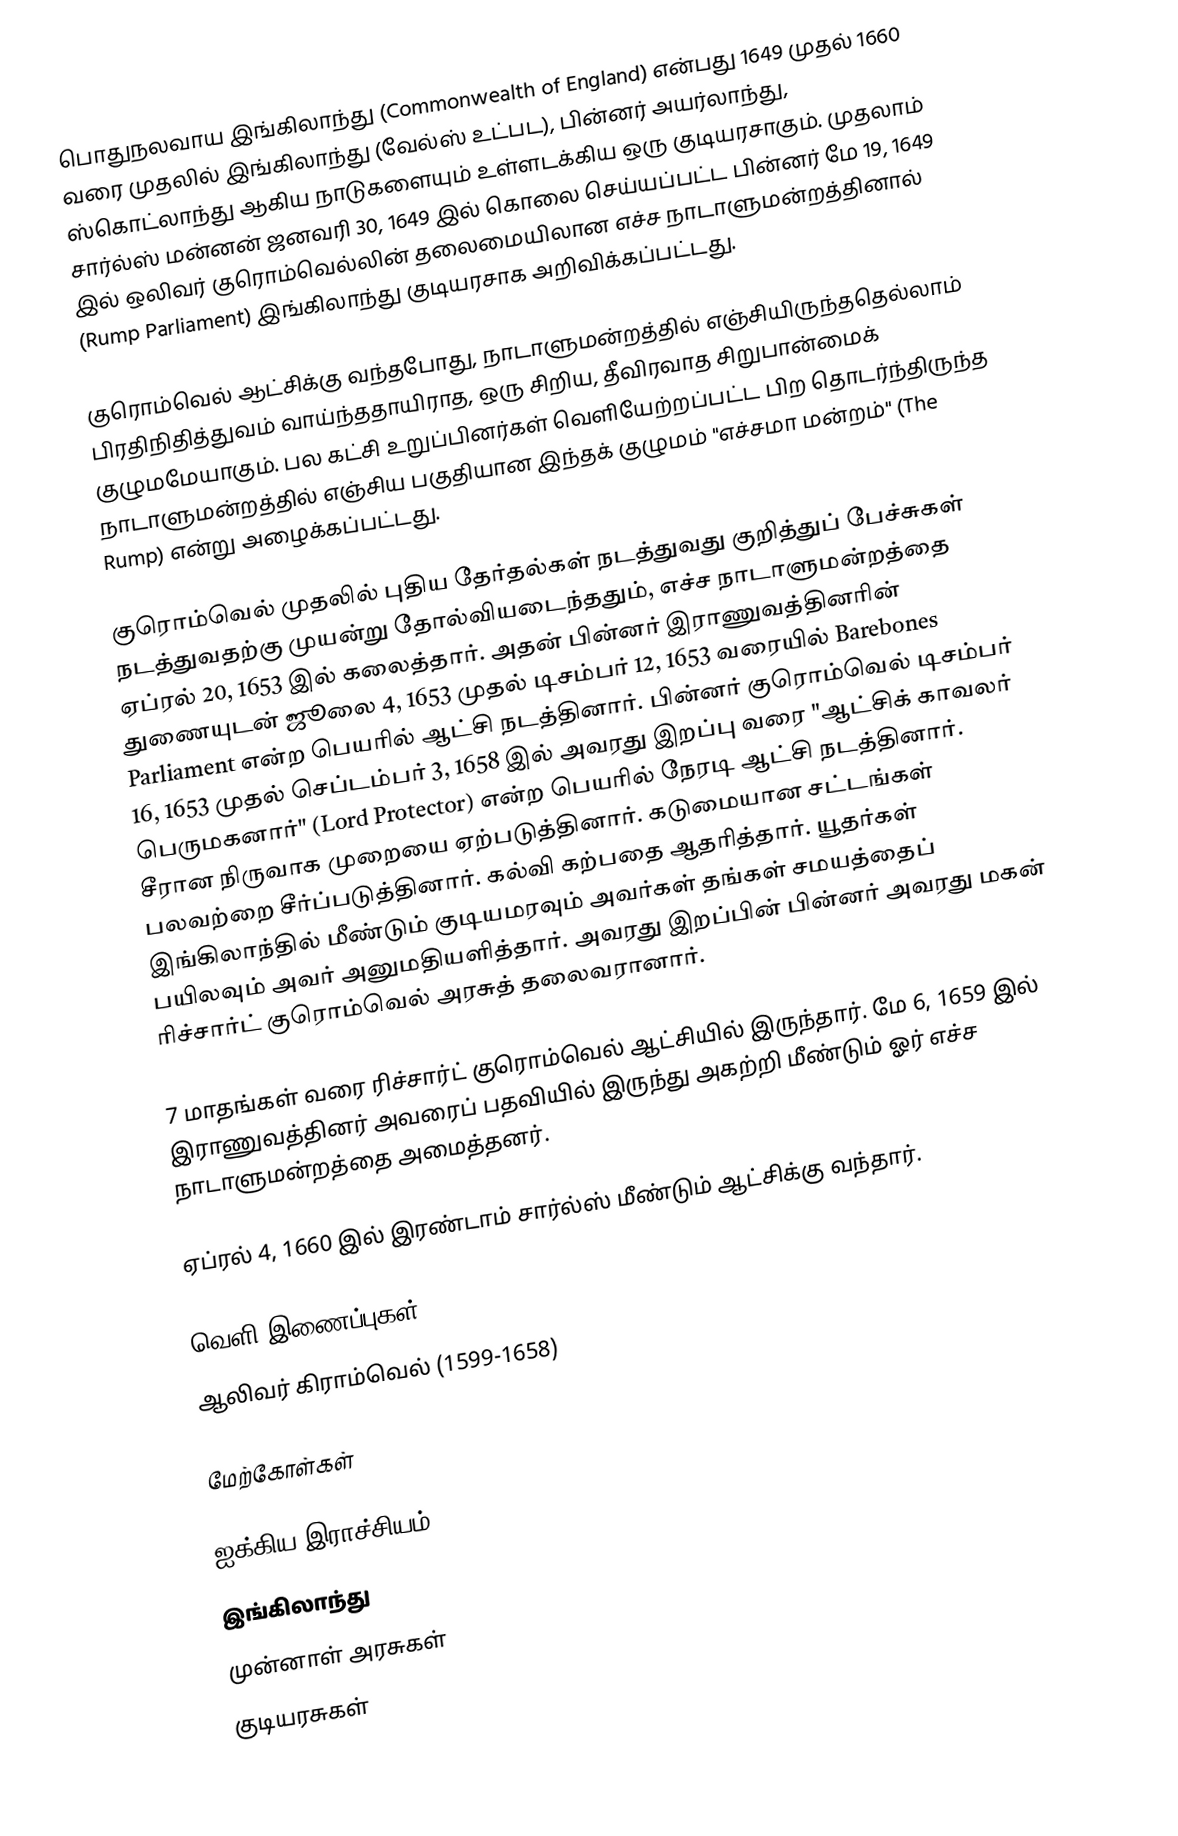
பொதுநலவாய இங்கிலாந்து (Commonwealth of England) என்பது 1649 முதல் 1660 வரை முதலில் இங்கிலாந்து (வேல்ஸ் உட்பட), பின்னர் அயர்லாந்து, ஸ்கொட்லாந்து ஆகிய நாடுகளையும் உள்ளடக்கிய ஒரு குடியரசாகும். முதலாம் சார்ல்ஸ் மன்னன் ஜனவரி 30, 1649 இல் கொலை செய்யப்பட்ட பின்னர் மே 19, 1649 இல் ஒலிவர் குரொம்வெல்லின் தலைமையிலான எச்ச நாடாளுமன்றத்தினால் (Rump Parliament) இங்கிலாந்து குடியரசாக அறிவிக்கப்பட்டது.

குரொம்வெல் ஆட்சிக்கு வந்தபோது, நாடாளுமன்றத்தில் எஞ்சியிருந்ததெல்லாம் பிரதிநிதித்துவம் வாய்ந்ததாயிராத, ஒரு சிறிய, தீவிரவாத சிறுபான்மைக் குழுமமேயாகும். பல கட்சி உறுப்பினர்கள் வெளியேற்றப்பட்ட பிற தொடர்ந்திருந்த நாடாளுமன்றத்தில் எஞ்சிய பகுதியான இந்தக் குழுமம் "எச்சமா மன்றம்" (The Rump) என்று அழைக்கப்பட்டது.

குரொம்வெல் முதலில் புதிய தேர்தல்கள் நடத்துவது குறித்துப் பேச்சுகள் நடத்துவதற்கு முயன்று தோல்வியடைந்ததும், எச்ச நாடாளுமன்றத்தை ஏப்ரல் 20, 1653 இல் கலைத்தார். அதன் பின்னர் இராணுவத்தினரின் துணையுடன் ஜூலை 4, 1653 முதல் டிசம்பர் 12, 1653 வரையில் Barebones Parliament என்ற பெயரில் ஆட்சி நடத்தினார். பின்னர் குரொம்வெல் டிசம்பர் 16, 1653 முதல் செப்டம்பர் 3, 1658 இல் அவரது இறப்பு வரை "ஆட்சிக் காவலர் பெருமகனார்" (Lord Protector) என்ற பெயரில் நேரடி ஆட்சி நடத்தினார். சீரான நிருவாக முறையை ஏற்படுத்தினார். கடுமையான சட்டங்கள் பலவற்றை சீர்ப்படுத்தினார். கல்வி கற்பதை ஆதரித்தார். யூதர்கள் இங்கிலாந்தில் மீண்டும் குடியமரவும் அவர்கள் தங்கள் சமயத்தைப் பயிலவும் அவர் அனுமதியளித்தார். அவரது இறப்பின் பின்னர் அவரது மகன் ரிச்சார்ட் குரொம்வெல் அரசுத் தலைவரானார்.

7 மாதங்கள் வரை ரிச்சார்ட் குரொம்வெல் ஆட்சியில் இருந்தார். மே 6, 1659 இல் இராணுவத்தினர் அவரைப் பதவியில் இருந்து அகற்றி மீண்டும் ஓர் எச்ச நாடாளுமன்றத்தை அமைத்தனர்.

ஏப்ரல் 4, 1660 இல் இரண்டாம் சார்ல்ஸ் மீண்டும் ஆட்சிக்கு வந்தார்.

வெளி இணைப்புகள்
 ஆலிவர் கிராம்வெல் (1599-1658)

மேற்கோள்கள்

ஐக்கிய இராச்சியம்
இங்கிலாந்து
முன்னாள் அரசுகள்
குடியரசுகள்